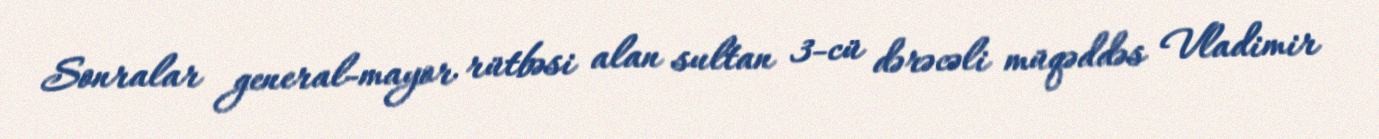
Sonralar general-mayor rütbəsi alan sultan 3-cü dərəcəli müqəddəs Vladimir